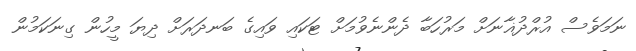
ނަމަވެސް އުރްދުޣާނަށް މަރުހަބާ ދެންނެވުމަށް ޓަކައި ވައިގެ ބަނދަރަށް ދިޔަ މީހުން ގިނަކަމުން